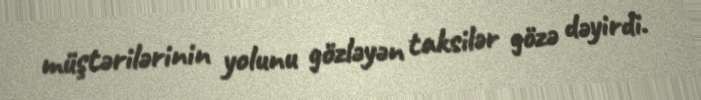
müştərilərinin yolunu gözləyən taksilər gözə dəyirdi.